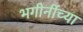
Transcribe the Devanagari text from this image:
भगीनींच्या